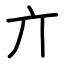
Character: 亣